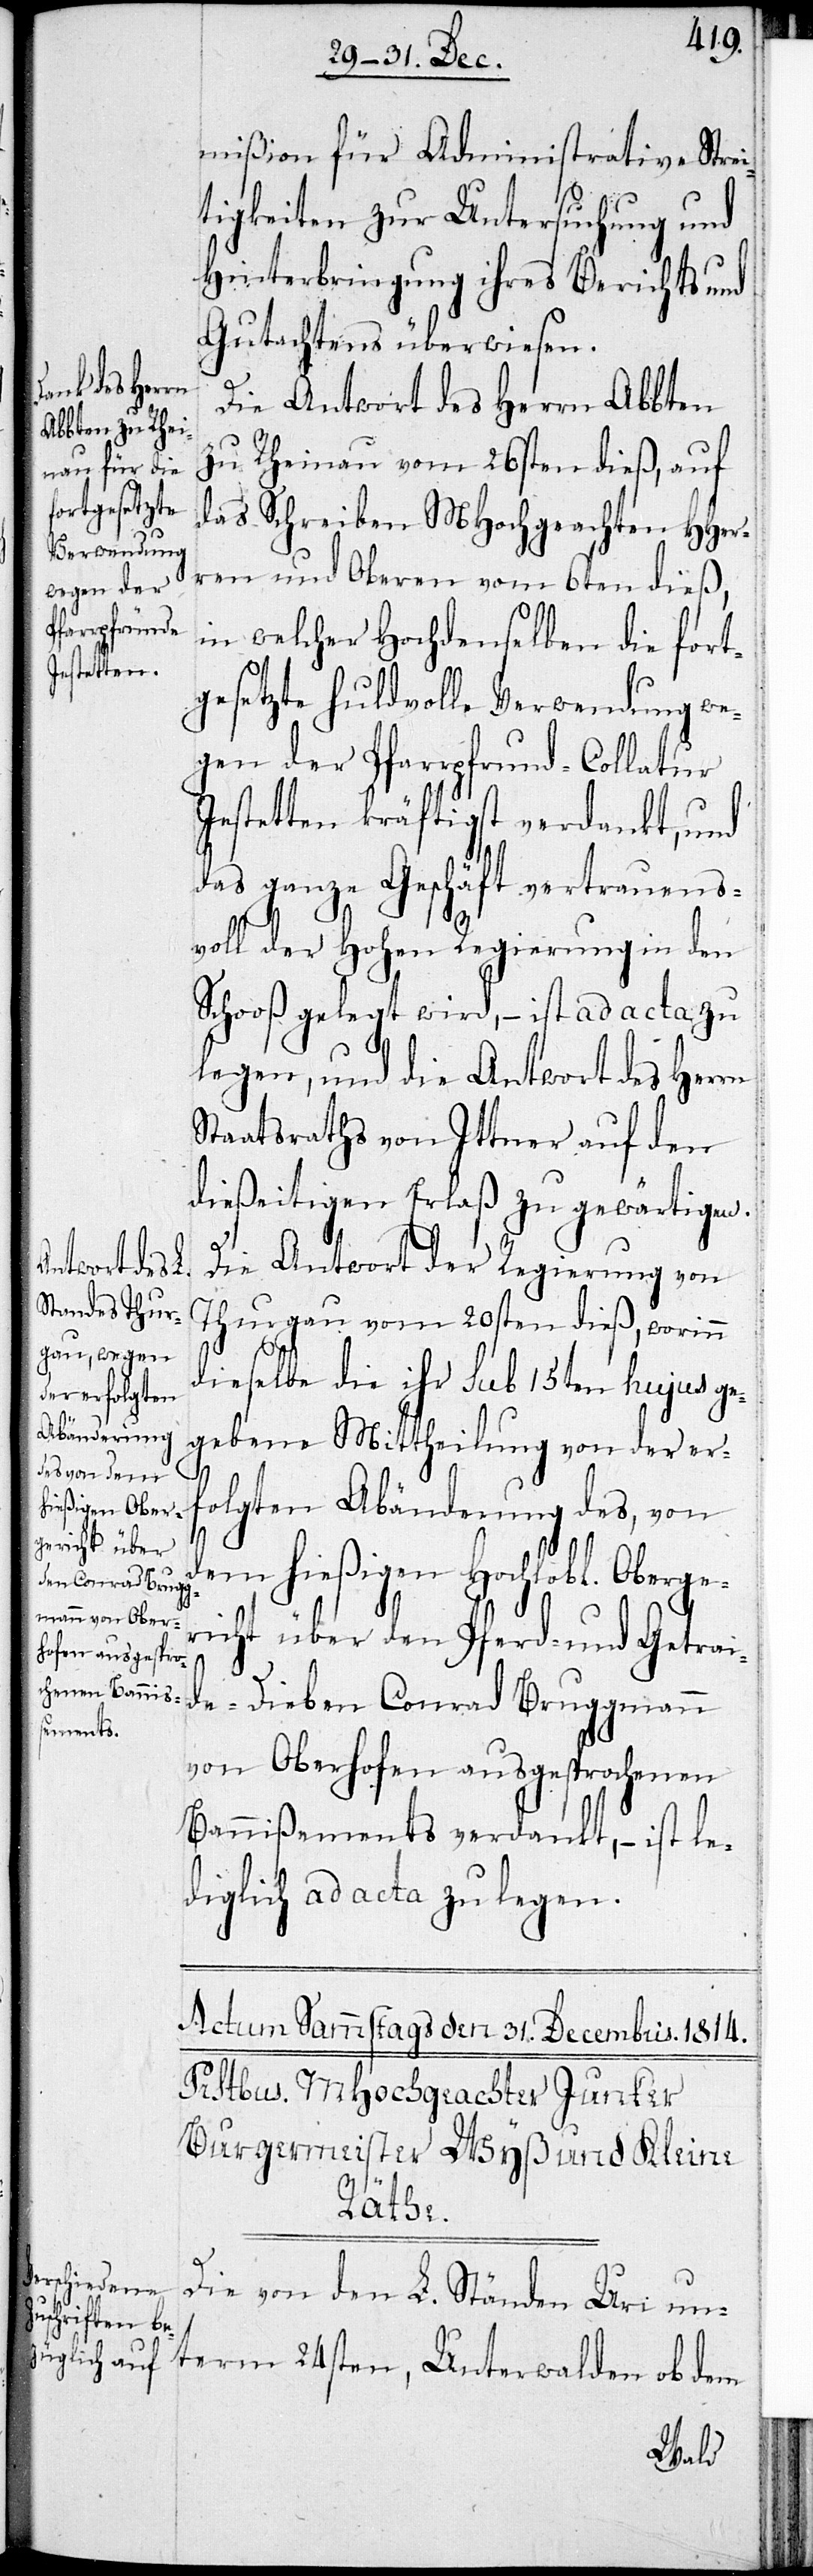
mißion für Administrative Strei¬
tigkeiten zur Untersuchung und
Hinterbringung ihres Berichts und
Gutachtens überwiesen.
Die Antwort des Herrn Abbten
zu Rheinau vom 26sten dieß, auf
das Schreiben MHochgeachten HHer¬
ren und Oberen vom 6ten dieß,
in welcher Hochdenselben die fort¬
gesetzte huldvolle Verwendung we¬
gen der Pfarrpfrund-Collatur
Jestetten kräftigst verdankt, und
das ganze Geschäft vertrauens¬
voll der Hohen Regierung in den
Schooß gelegt wird, – ist ad acta zu
lege, und die Antwort des Herrn
Staatsraths von Ittner auf den
dießeitigen Erlaß zu gewärtigen.
Die Antwort der Regierung von
Thurgau vom 20sten dieß, worinn
dieselbe die ihr sub 15ten hujus ge¬
gebene Mittheilung von der er¬
folgten Abänderung des, von
dem hießigen Hochlobl. Oberge¬
richt über den Pferd- und Getr¬
eide-Dieben Conrad Bruggmann
von Oberhofen ausgesprochenen
Bannißements verdankt, – ist le¬
diglich ad acta zu legen.
Die von den L. Ständen Ur¬
i unterm 24sten, Unterwalden ob dem